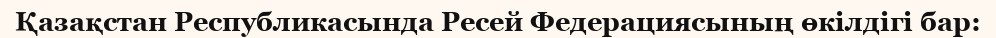
Қазақстан Республикасында Ресей Федерациясының өкілдігі бар: